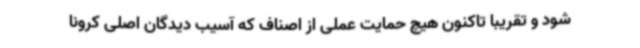
شود و تقریبا تاکنون هیچ حمایت عملی از اصناف که آسیب دیدگان اصلی کرونا